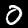
Digit: 0